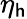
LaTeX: \eta_{\mathsf{h}}